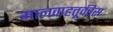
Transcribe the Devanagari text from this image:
मालवाहतूकीस